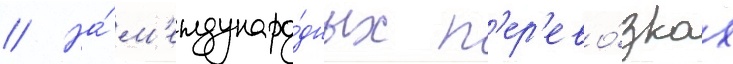
// На́ м'еждунаро́дных п'ер'ево́зках